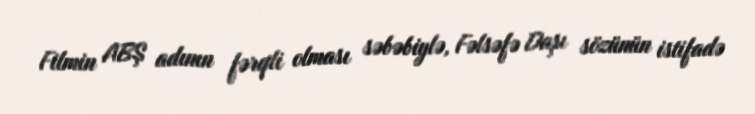
Filmin ABŞ adının fərqli olması səbəbiylə, Fəlsəfə Daşı sözünün istifadə